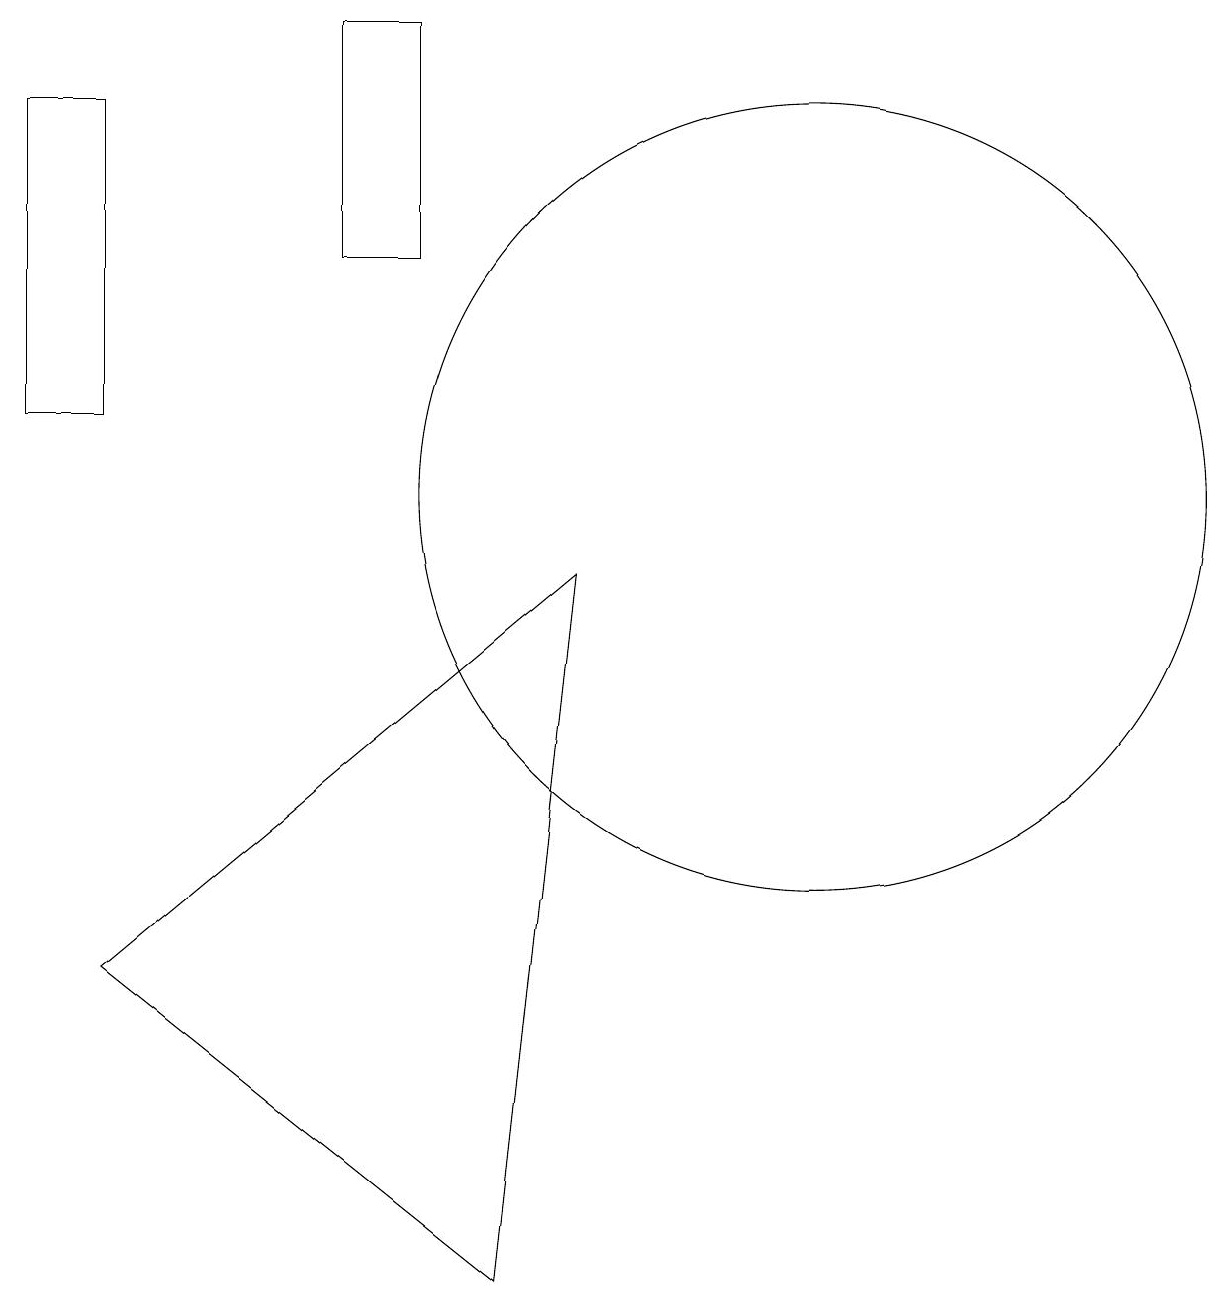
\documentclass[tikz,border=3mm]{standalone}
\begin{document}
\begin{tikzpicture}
\draw (2,15) rectangle (1,11);
\draw (6,16) rectangle (5,13);
\draw (11,10) circle (5);
\draw (2,4) -- (7,0) -- (8,9) -- cycle;
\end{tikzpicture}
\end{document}